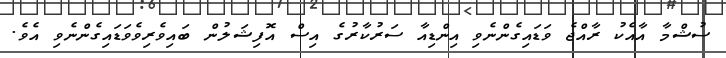
ސުޝްމާ އާއެކު ރާއްޖެ ވަޑައިގެންނެވި އިންޑިއާ ސަރުކާރުގެ އިސް އޮފިޝަލުން ބައިވެރިވެވަޑައިގެންނެވި އެވެ.